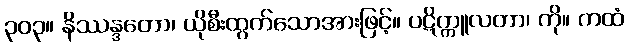
၃၀၃။ နိဿန္ဒတော၊ ယိုစီးထွက်သောအားဖြင့်။ ပဋိက္ကူလတာ၊ ကို။ ကထံ